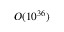
{ \cal O } ( 1 0 ^ { 3 6 } )